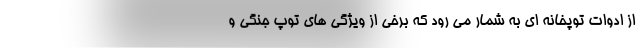
از ادوات توپخانه ای به شمار می رود که برخی از ویژگی های توپ جنگی و